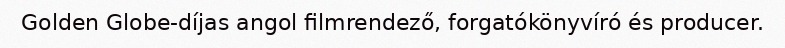
Golden Globe-díjas angol filmrendező, forgatókönyvíró és producer.